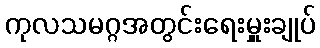
ကုလသမဂ္ဂအတွင်းရေးမှူးချုပ်